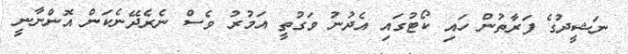
ނަޝީދުގެ ފަރާތުން ހައި ކޯޓުގައި އެދުނު ވަގުތީ އަމުރު ވެސް ނެރެދޭނެކަން އޮންނާނީ